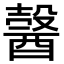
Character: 𨢋